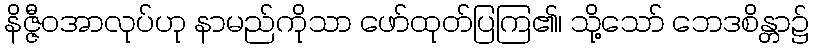
နိဇ္ဇီဝအာလုပ်ဟု နာမည်ကိုသာ ဖော်ထုတ်ပြကြ၏၊ သို့သော် ဘေဒစိန္တာ၌